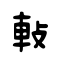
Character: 軙